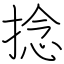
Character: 捻